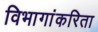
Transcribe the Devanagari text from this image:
विभागांकरिता